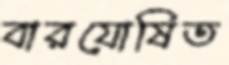
বারযোষিত